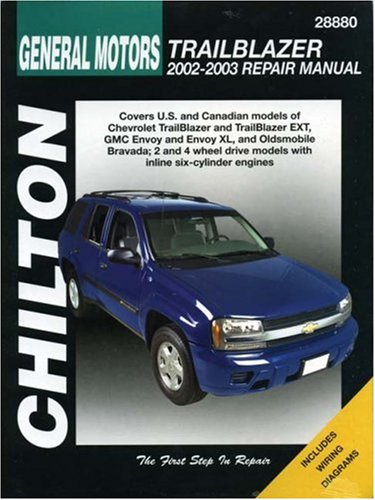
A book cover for General Motors Trailblazer 2002-2003 (Chilton's Total Car Care Repair Manual); The Chilton Editors; Engineering & Transportation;